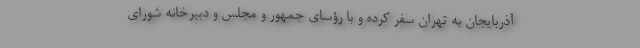
آذربایجان به تهران سفر کرده و با رؤسای جمهور و مجلس و دبیرخانه شورای